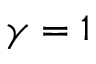
\gamma = 1